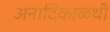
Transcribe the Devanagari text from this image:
अनादिकाळथी